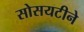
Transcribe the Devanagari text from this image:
सोसयटीने